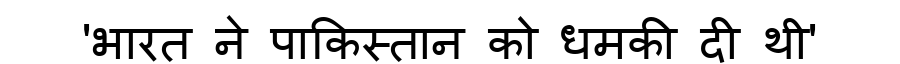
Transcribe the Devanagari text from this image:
'भारत ने पाकिस्तान को धमकी दी थी'